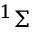
^ 1 \Sigma